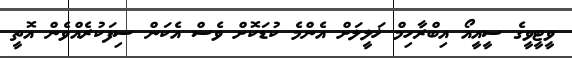
ވީޓީވީގެ ސީއީއޯ އިބްރާހިމް ޚަލީލަށް އެންމެ ކުޑަކޮށް ވެސް އެކަން ސިފަކުރެއްވެން އޮތީ